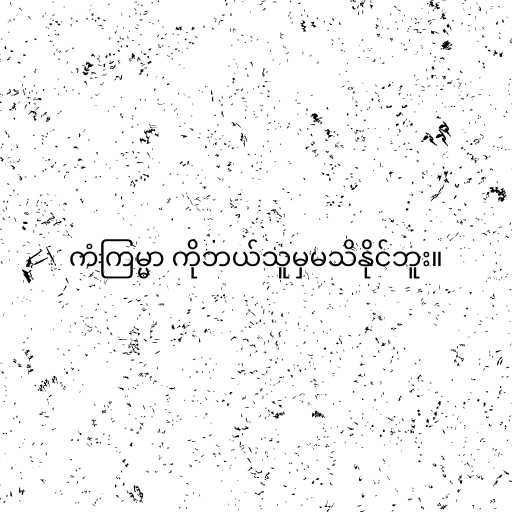
ကံကြမ္မာ ကိုဘယ်သူမှမသိနိုင်ဘူး။